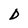
Character: D